Annual administration report of the Civil Veterinary Department of India - 1893-1894
Year: 1893
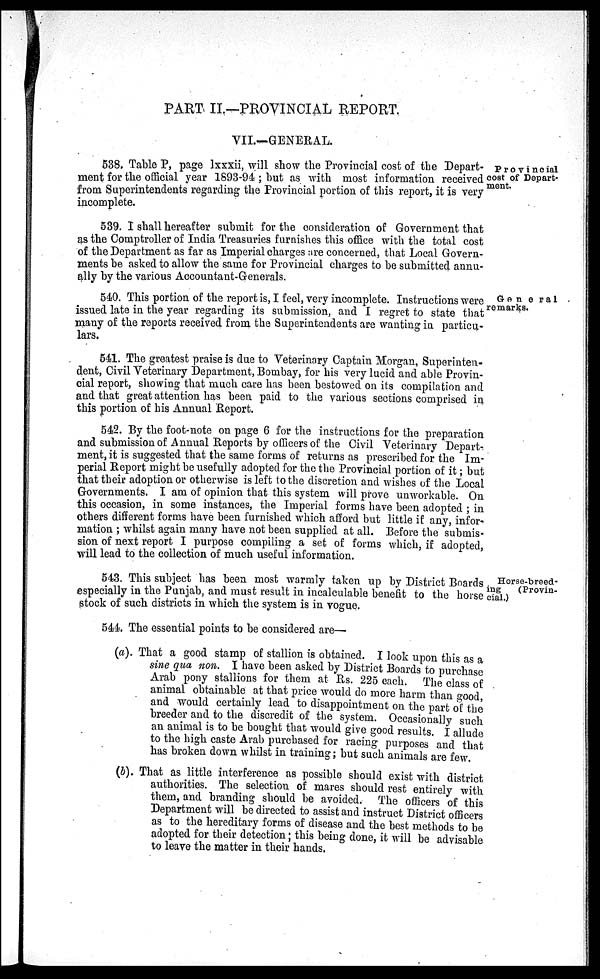
PART II.—PROVINCIAL REPORT.
VII.—GENERAL.
Provincial
cost of Depart-
ment.
538. Table P, page lxxxii, will show the Provincial cost of the Depart-
ment for the official year 1893-94 ; but as with most information received
from Superintendents regarding the Provincial portion of this report, it is very
incomplete.
539. I shall hereafter submit for the consideration of Government that
as the Comptroller of India Treasuries furnishes this office with the total cost
of the Department as far as Imperial charges are concerned, that Local Govern-
ments be asked to allow the same for Provincial charges to be submitted annu-
ally by the various Accountant-Generals.
General
remarks.
540. This portion of the report is, I feel, very incomplete. Instructions were
issued late in the year regarding its submission, and I regret to state that
many of the reports received from the Superintendents are wanting in particu-
lars.
541. The greatest praise is due to Veterinary Captain Morgan, Superinten-
dent, Civil Veterinary Department, Bombay, for his very lucid and able Provin-
cial report, showing that much care has been bestowed on its compilation and
and that great attention has been paid to the various sections comprised in
this portion of his Annual Report.
542. By the foot-note on page 6 for the instructions for the preparation
and submission of Annual Reports by officers of the Civil Veterinary Depart-
ment, it is suggested that the same forms of returns as prescribed for the Im-
perial Report might be usefully adopted for the the Provincial portion of it; but
that their adoption or otherwise is left to the discretion and wishes of the Local
Governments. I am of opinion that this system will prove unworkable. On
this occasion, in some instances, the Imperial forms have been adopted ; in
others different forms have been furnished which afford but little if any, infor-
mation ; whilst again many have not been supplied at all. Before the submis-
sion of next report I purpose compiling a set of forms which, if adopted,
will lead to the collection of much useful information.
Horse-breed-
ing
(Provin-
cial.)
543. This subject has been most warmly taken up by District Boards
especially in the Punjab, and must result in incalculable benefit to the horse
stock of such districts in which the system is in vogue.
544. The essential points to be considered are—
(a). That a good stamp of stallion is obtained. I look upon this as a
sine qua non. I have been asked by District Boards to purchase
Arab pony stallions for them at Rs. 225 each. The class of
animal obtainable at that price would do more harm than good,
and would certainly lead to disappointment on the part of the
breeder and to the discredit of the system. Occasionally such
an animal is to be bought that would give good results. I allude
to the high caste Arab purchased for racing purposes and that
has broken down whilst in training; but such animals are few.
(b). That as little interference as possible should exist with district
authorities. The selection of mares should rest entirely with
them, and branding should be avoided. The officers of this
Department will be directed to assist and instruct District officers
as to the hereditary forms of disease and the best methods to be
adopted for their detection; this being done, it will be advisable
to leave the matter in their hands.